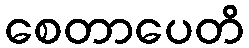
စေတာပေတိ